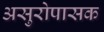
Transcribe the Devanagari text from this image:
असुरोपासक